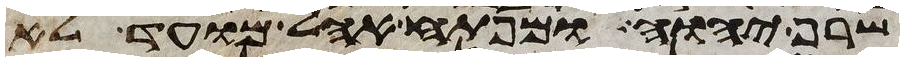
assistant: שרף יהוה ומפתח אהל מועד לא